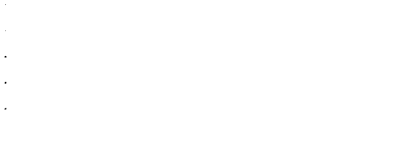
\begin{array} { c } { { . } } \\ { { . } } \\ { { . } } \\ { { . } } \\ { { { } . } } \\ \end{array}